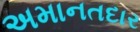
અમાનતદાર